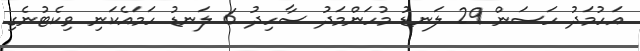
އަހުމަދު ހަސަން 29 ލަނޑު މުހަންމަދު ސާހިދު 6 ލަނޑު ހަމައެކަނި ވިކެޓުނެގި